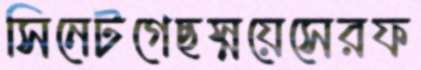
সিনেটগেছস্নয়েসেরফ